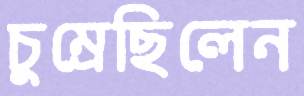
চুম্‌রেছিলেন